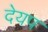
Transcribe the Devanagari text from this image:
देयप